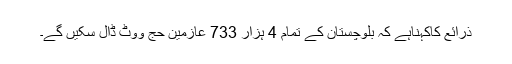
ذرائع کاکہناہے کہ بلوچستان کے تمام 4 ہزار 733 عازمین حج ووٹ ڈال سکیں گے۔